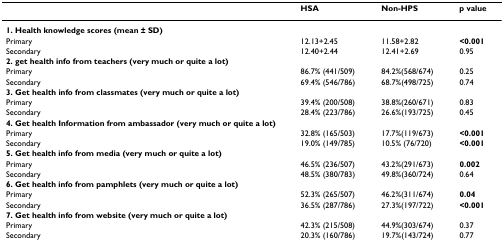
<table><thead><tr><td></td><td><b>HSA</b></td><td><b>Non-HPS</b></td><td><b>p value</b></td></tr></thead><tbody><tr><td><b>1. Health knowledge scores (mean ± SD)</b></td><td></td><td></td><td></td></tr><tr><td>Primary</td><td>12.13+2.45</td><td>11.58+2.82</td><td><b>&lt;0.001</b></td></tr><tr><td>Secondary</td><td>12.40+2.44</td><td>12.41+2.69</td><td>0.95</td></tr><tr><td><b>2. get health info from teachers (very much or quite a lot)</b></td><td></td><td></td><td></td></tr><tr><td>Primary</td><td>86.7% (441/509)</td><td>84.2%(568/674)</td><td>0.25</td></tr><tr><td>Secondary</td><td>69.4% (546/786)</td><td>68.7%(498/725)</td><td>0.74</td></tr><tr><td><b>3. Get health info from classmates (very much or quite a lot)</b></td><td></td><td></td><td></td></tr><tr><td>Primary</td><td>39.4% (200/508)</td><td>38.8%(260/671)</td><td>0.83</td></tr><tr><td>Secondary</td><td>28.4% (223/786)</td><td>26.6%(193/725)</td><td>0.45</td></tr><tr><td><b>4. Get health Information from ambassador (very much or quite a lot)</b></td><td></td><td></td><td></td></tr><tr><td>Primary</td><td>32.8% (165/503)</td><td>17.7%(119/673)</td><td><b>&lt;0.001</b></td></tr><tr><td>Secondary</td><td>19.0% (149/785)</td><td>10.5% (76/720)</td><td><b>&lt;0.001</b></td></tr><tr><td><b>5. Get health info from media (very much or quite a lot)</b></td><td></td><td></td><td></td></tr><tr><td>Primary</td><td>46.5% (236/507)</td><td>43.2%(291/673)</td><td><b>0.002</b></td></tr><tr><td>Secondary</td><td>48.5% (380/783)</td><td>49.8%(360/724)</td><td>0.64</td></tr><tr><td><b>6. Get health info from pamphlets (very much or quite a lot)</b></td><td></td><td></td><td></td></tr><tr><td>Primary</td><td>52.3% (265/507)</td><td>46.2%(311/674)</td><td><b>0.04</b></td></tr><tr><td>Secondary</td><td>36.5% (287/786)</td><td>27.3%(197/722)</td><td><b>&lt;0.001</b></td></tr><tr><td><b>7. Get health info from website (very much or quite a lot)</b></td><td></td><td></td><td></td></tr><tr><td>Primary</td><td>42.3% (215/508)</td><td>44.9%(303/674)</td><td>0.37</td></tr><tr><td>Secondary</td><td>20.3% (160/786)</td><td>19.7%(143/724)</td><td>0.77</td></tr></tbody></table>